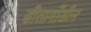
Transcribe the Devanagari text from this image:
सीतागोंडीन